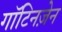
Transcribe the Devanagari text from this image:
गॉटिनज़ेन